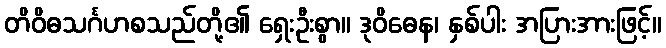
တိဝိဓသင်္ဂဟစသည်တို့၏ ရှေးဦးစွာ။ ဒုဝိဓေန၊ နှစ်ပါး အပြားအားဖြင့်။